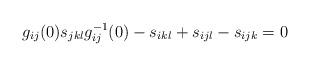
LaTeX: \begin{align*}g_{ij}(0)s_{jkl}g_{ij}^{-1}(0)-s_{ikl}+s_{ijl}-s_{ijk} =0\end{align*}